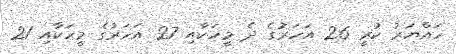
ހައްޔަރު ކުރީ 26 އަހަރުގެ ދެ މީހަކާއި 27 އަހަރުގެ މީހަކާއި 21